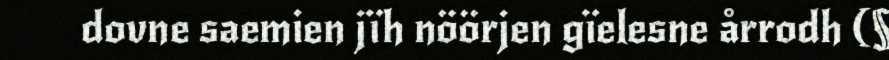
dovne saemien jïh nöörjen gïelesne årrodh (§